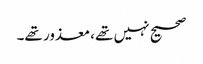
صحیح نہیں تھے، معذور تھے۔